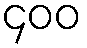
၄၀၀